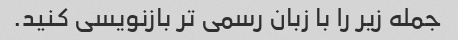
جمله زیر را با زبان رسمی تر بازنویسی کنید.